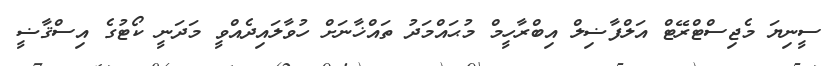
ސީނިޔަ މެޖިސްޓްރޭޓް އަލްފާޟިލް އިބްރާހީމް މުޙައްމަދު ތައްޚާނަށް ހުވާލައިދެއްވީ މަދަނީ ކޯޓުގެ އިސްޤާޟީ